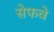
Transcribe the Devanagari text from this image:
सेफवे